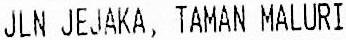
JLN JEJAKA, TAMAN MALURI